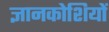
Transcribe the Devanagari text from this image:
ज्ञानकोशियों